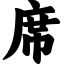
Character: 席